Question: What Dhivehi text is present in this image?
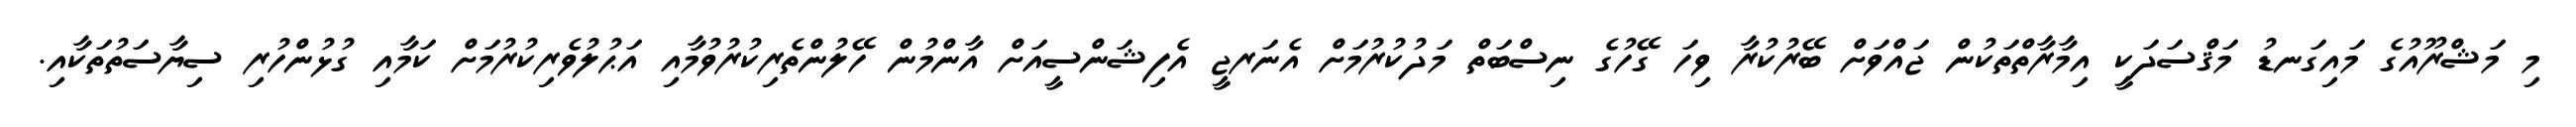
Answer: މި މަޝްރޫއުގެ މައިގަނޑު މަޤްސަދަކީ އިމާރާތްތަކުން ޖައްވަށް ބޭރުކުރާ ވިހަ ގޭހުގެ ނިސްބަތް މަދުކުރުމަށް އެނަރޖީ އެފިޝަންސީއަށް އާންމުން ހޭލުންތެރިކުރުވުމާއި އަޙުލުވެރިކުރުމަށް ކަމާއި ގުޅުންހުރި ސިޔާސަތުތަކާއި.